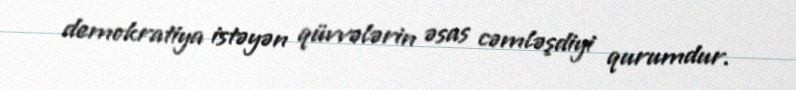
demokratiya istəyən qüvvələrin əsas cəmləşdiyi qurumdur.